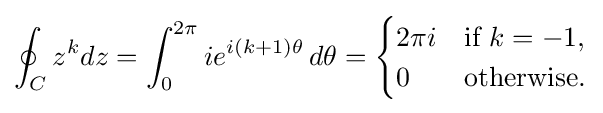
\oint _{C}z^{k}dz=\int _{0}^{2\pi }ie^{i(k+1)\theta }\,d\theta ={\begin{cases}2\pi i&{\text{if }}k=-1,\\0&{\text{otherwise}}.\end{cases}}